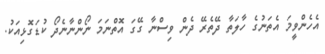
އެހެންވީމަ އެތަނުގެ ހާލަތާ ދޭތެރޭ ދެން ވިސްނާ ގޭގަ އޮތްނަމަ ނޯންނާނެދޯ ކުޑަގޮޅިއަކު.